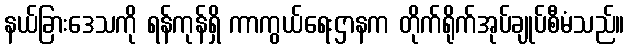
နယ်ခြားဒေသကို ရန်ကုန်ရှိ ကာကွယ်ရေးဌာနက တိုက်ရိုက်အုပ်ချုပ်စီမံသည်။